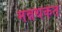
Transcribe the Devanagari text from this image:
मन्नथकत